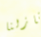
منازلنا